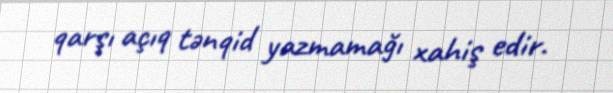
qarşı açıq tənqid yazmamağı xahiş edir.